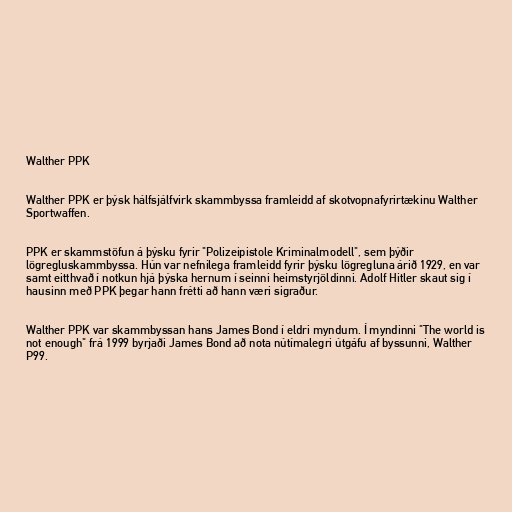
Walther PPK

Walther PPK er þýsk hálfsjálfvirk skammbyssa framleidd af skotvopnafyrirtækinu Walther
Sportwaffen.

PPK er skammstöfun á þýsku fyrir "Polizeipistole Kriminalmodell", sem þýðir
lögregluskammbyssa. Hún var nefnilega framleidd fyrir þýsku lögregluna árið 1929, en var
samt eitthvað í notkun hjá þýska hernum í seinni heimstyrjöldinni. Adolf Hitler skaut sig í
hausinn með PPK þegar hann frétti að hann væri sigraður.

Walther PPK var skammbyssan hans James Bond í eldri myndum. Í myndinni "The world is
not enough" frá 1999 byrjaði James Bond að nota nútímalegri útgáfu af byssunni, Walther
P99.